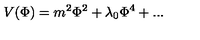
V ( \Phi ) = m ^ { 2 } \Phi ^ { 2 } + \lambda _ { 0 } \Phi ^ { 4 } + . . .